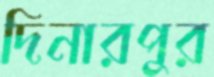
দিনারপুর